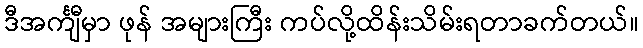
ဒီအင်္ကျီမှာ ဖုန် အများကြီး ကပ်လို့ထိန်းသိမ်းရတာခက်တယ်။